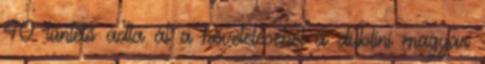
40 tüntető adta át a követeléseket a dublini magyar